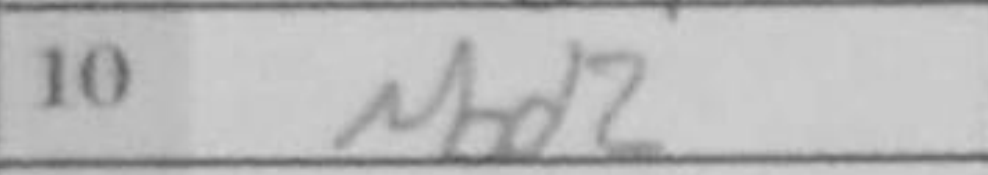
Transcription: Nbd2